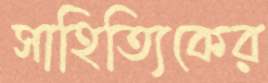
সাহিত্যিকের